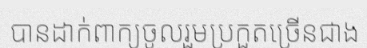
បានដាក់ពាក្យចូលរួមប្រកួតច្រើនជាង